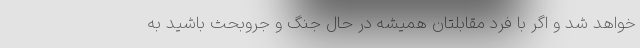
خواهد شد و اگر با فرد مقابلتان همیشه در حال جنگ و جروبحث باشید به